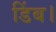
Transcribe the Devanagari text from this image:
डिंब।